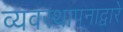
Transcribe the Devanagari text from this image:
व्यवस्थापनाद्वारे